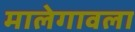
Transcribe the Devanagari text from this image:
मालेगावला